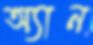
অ্যান